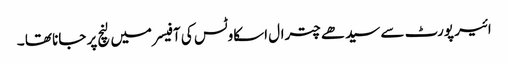
ائیر پورٹ سے سیدھے چترال اسکاوٹس کی آفیسر میں لنچ پر جانا تھا ۔